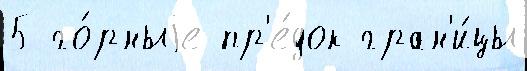
5 го́рныjе пр'е́док гран'и́цы